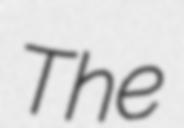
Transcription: The